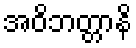
အဝိဘတ္တာနိ